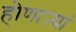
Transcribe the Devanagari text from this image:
होणाऱ्यां